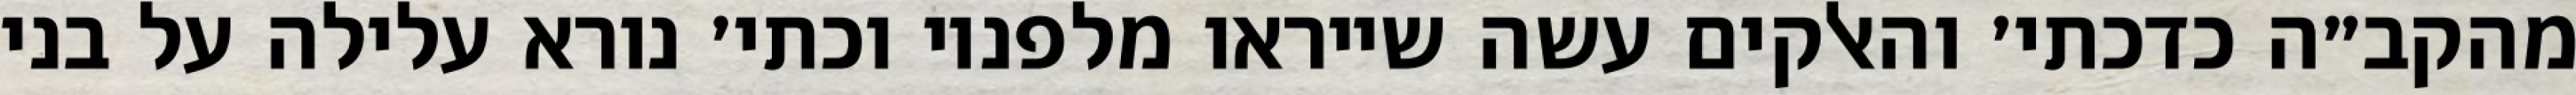
מהקב״ה כדכתי׳ והאלקים עשה שייראו מלפניו וכתי׳ נורא עלילה על בני